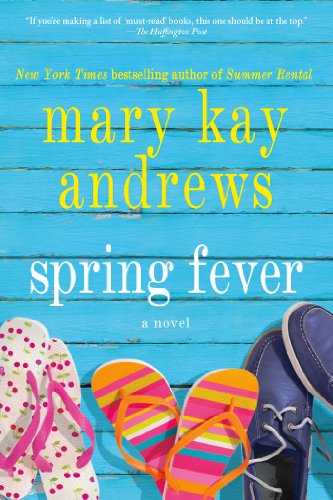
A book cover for Spring Fever; Mary Kay Andrews; Literature & Fiction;